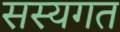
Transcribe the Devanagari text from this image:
सस्यगत